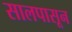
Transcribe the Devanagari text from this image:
सालपासून